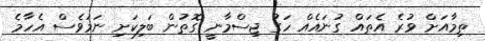
ތިމާއަށް ވުރެ އެތައް ގުނައެއް ހަގު ޖިސްމާނީ ގޮތުން ބަލިކަށި ނަމަވެސް އެހާމެ